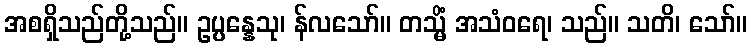
အစရှိသည်တို့သည်။ ဥပ္ပန္နေသု၊ န်လသော်။ တသ္မိံ အသံဝရေ၊ သည်။ သတိ၊ သော်။